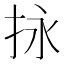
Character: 𢫕